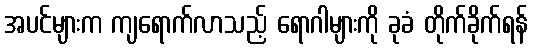
အပင်များက ကျရောက်လာသည့် ရောဂါများကို ခုခံ တိုက်ခိုက်ရန်